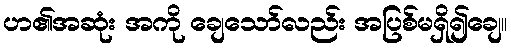
ဟ၏အဆုံး အကို ချေသော်လည်း အပြစ်မရှိ၍ချေ။